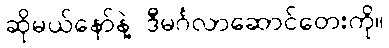
ဆိုမယ်နော်နဲ့ ဒီမင်္ဂလာဆောင်တေးကို။